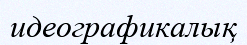
идеографикалық